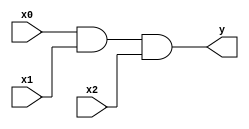
module and_i3(y, x0, x1, x2);
	output y;
	input x0, x1, x2;
		
	assign y = x0 & x1 & x2;
endmodule

module and_i2(y, x0, x1);
	output y;
	input x0, x1;
		
	assign y = x0 & x1;
endmodule